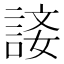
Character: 𧨐